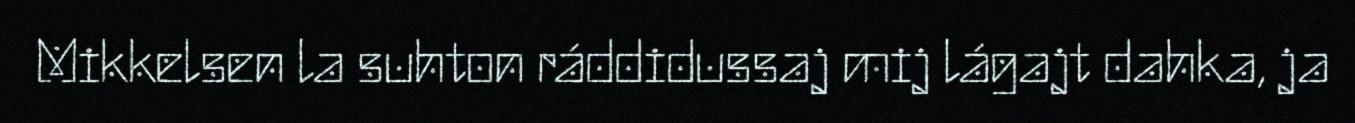
Mikkelsen la suhton ráddidussaj mij lágajt dahka, ja